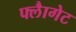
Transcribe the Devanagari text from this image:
फ्लैागेट